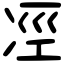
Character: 𠗊